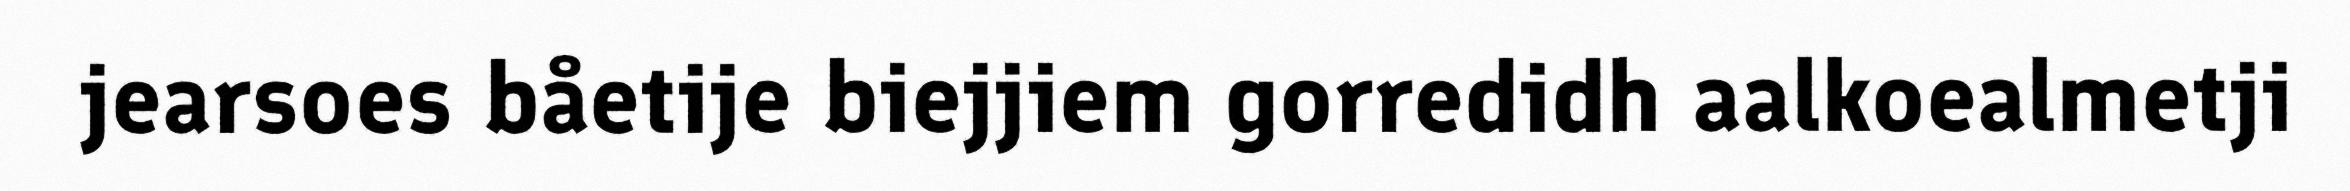
jearsoes båetije biejjiem gorredidh aalkoealmetji